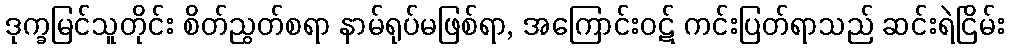
ဒုက္ခမြင်သူတိုင်း စိတ်ညွတ်စရာ နာမ်ရုပ်မဖြစ်ရာ, အကြောင်းဝဋ် ကင်းပြတ်ရာသည် ဆင်းရဲငြိမ်း